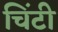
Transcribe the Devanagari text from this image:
चिंटी